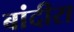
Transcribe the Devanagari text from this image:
बांदीरा